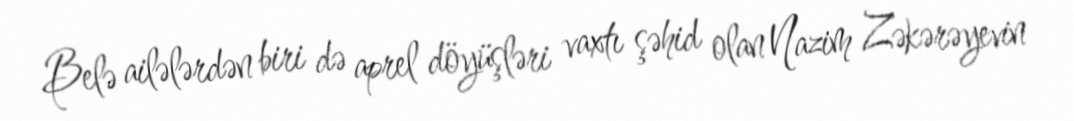
Belə ailələrdən biri də aprel döyüşləri vaxtı şəhid olan Nazim Zəkərəyevin